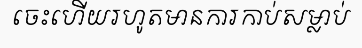
ចេះហើយរហូតមានការកាប់សម្លាប់